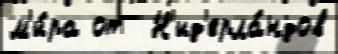
м'и́ра от  Н'ид'ерла́ндов